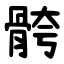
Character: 骻